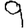
Digit: 9